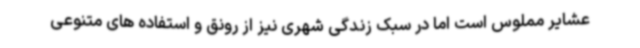
عشایر مملوس است اما در سبک زندگی شهری نیز از رونق و استفاده های متنوعی